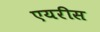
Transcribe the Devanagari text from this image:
एयरीस